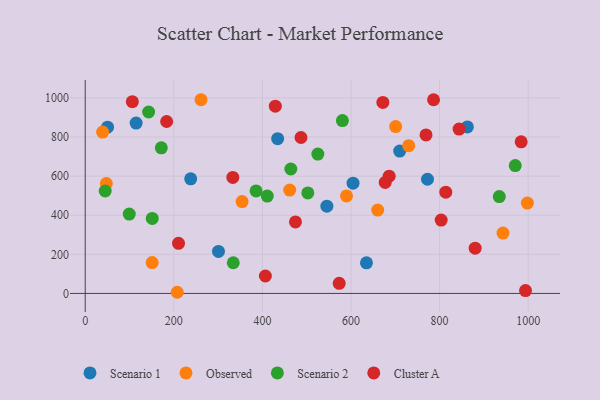
{"axis": {"x": "Experience", "y": "Profit"}, "legend": ["Cluster A", "Observed", "Scenario 1", "Scenario 2"], "data": [{"x": "50.4", "y": 850.5, "type": "Scenario 1"}, {"x": "772.6", "y": 584.1, "type": "Scenario 1"}, {"x": "604.6", "y": 563.7, "type": "Scenario 1"}, {"x": "862.7", "y": 851.9, "type": "Scenario 1"}, {"x": "634.9", "y": 156.4, "type": "Scenario 1"}, {"x": "545.5", "y": 446.1, "type": "Scenario 1"}, {"x": "434.4", "y": 791.7, "type": "Scenario 1"}, {"x": "114.9", "y": 871.2, "type": "Scenario 1"}, {"x": "709.9", "y": 727.9, "type": "Scenario 1"}, {"x": "238.1", "y": 586.3, "type": "Scenario 1"}, {"x": "300.8", "y": 215.1, "type": "Scenario 1"}, {"x": "730.2", "y": 755.8, "type": "Observed"}, {"x": "998.1", "y": 462.1, "type": "Observed"}, {"x": "47.7", "y": 561.9, "type": "Observed"}, {"x": "39.3", "y": 825.3, "type": "Observed"}, {"x": "700.8", "y": 853.3, "type": "Observed"}, {"x": "589.8", "y": 498.6, "type": "Observed"}, {"x": "943.1", "y": 308.5, "type": "Observed"}, {"x": "461.6", "y": 528.7, "type": "Observed"}, {"x": "660.2", "y": 426.2, "type": "Observed"}, {"x": "354.1", "y": 469.6, "type": "Observed"}, {"x": "207.7", "y": 5.9, "type": "Observed"}, {"x": "261.4", "y": 990.8, "type": "Observed"}, {"x": "151.1", "y": 157.6, "type": "Observed"}, {"x": "525.1", "y": 712.8, "type": "Scenario 2"}, {"x": "970.7", "y": 654.2, "type": "Scenario 2"}, {"x": "334.2", "y": 157.0, "type": "Scenario 2"}, {"x": "502.5", "y": 513.9, "type": "Scenario 2"}, {"x": "171.8", "y": 745.0, "type": "Scenario 2"}, {"x": "464.1", "y": 636.4, "type": "Scenario 2"}, {"x": "410.9", "y": 497.9, "type": "Scenario 2"}, {"x": "934.7", "y": 495.5, "type": "Scenario 2"}, {"x": "99.4", "y": 406.1, "type": "Scenario 2"}, {"x": "580.6", "y": 884.4, "type": "Scenario 2"}, {"x": "45.1", "y": 523.8, "type": "Scenario 2"}, {"x": "143.1", "y": 928.1, "type": "Scenario 2"}, {"x": "385.7", "y": 524.4, "type": "Scenario 2"}, {"x": "151.3", "y": 383.9, "type": "Scenario 2"}, {"x": "984.1", "y": 775.7, "type": "Cluster A"}, {"x": "677.2", "y": 567.7, "type": "Cluster A"}, {"x": "769.3", "y": 811.0, "type": "Cluster A"}, {"x": "803.5", "y": 375.2, "type": "Cluster A"}, {"x": "429.1", "y": 958.0, "type": "Cluster A"}, {"x": "573.3", "y": 51.9, "type": "Cluster A"}, {"x": "880.2", "y": 231.5, "type": "Cluster A"}, {"x": "487.1", "y": 797.7, "type": "Cluster A"}, {"x": "686.1", "y": 599.6, "type": "Cluster A"}, {"x": "843.9", "y": 840.5, "type": "Cluster A"}, {"x": "106.4", "y": 980.9, "type": "Cluster A"}, {"x": "813.9", "y": 518.0, "type": "Cluster A"}, {"x": "671.9", "y": 976.8, "type": "Cluster A"}, {"x": "183.8", "y": 879.4, "type": "Cluster A"}, {"x": "210.6", "y": 256.5, "type": "Cluster A"}, {"x": "333.2", "y": 593.2, "type": "Cluster A"}, {"x": "474.6", "y": 365.6, "type": "Cluster A"}, {"x": "993.9", "y": 14.6, "type": "Cluster A"}, {"x": "406.7", "y": 89.1, "type": "Cluster A"}, {"x": "786.3", "y": 990.7, "type": "Cluster A"}]}